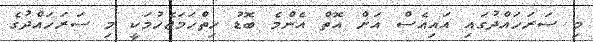
މި ސަރަހައްދުގައި އައިއެސް އަށް އޮތް އެންމެ ބޮޑު ހިތްހަމަޖެހުމަކީ މި ސަރަހައްދުގެ